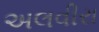
અલવીરા